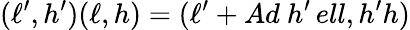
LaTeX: (\ell^{\prime},h^{\prime})(\ell,h)=(\ell^{\prime}+Ad\ h^{\prime}\, ell,h^{\prime}h)